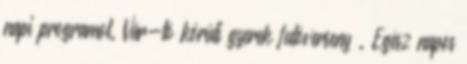
napi programot. Vár-tó körüli gyerek futóverseny . Egész napos